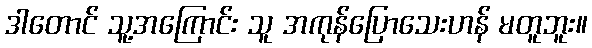
ဒါတောင် သူ့အကြောင်း သူ အကုန်ပြောသေးဟန် မတူဘူး။